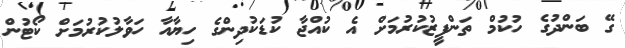
ގޭ ބަންދުގެ ހުކުމް ތަންފީޒުކުރުމަށް އެ ކުއްޖާ ކުޑަކުދިންގެ ހިޔާއާ ހަވާލުކުރުމަށް ކޯޓުން